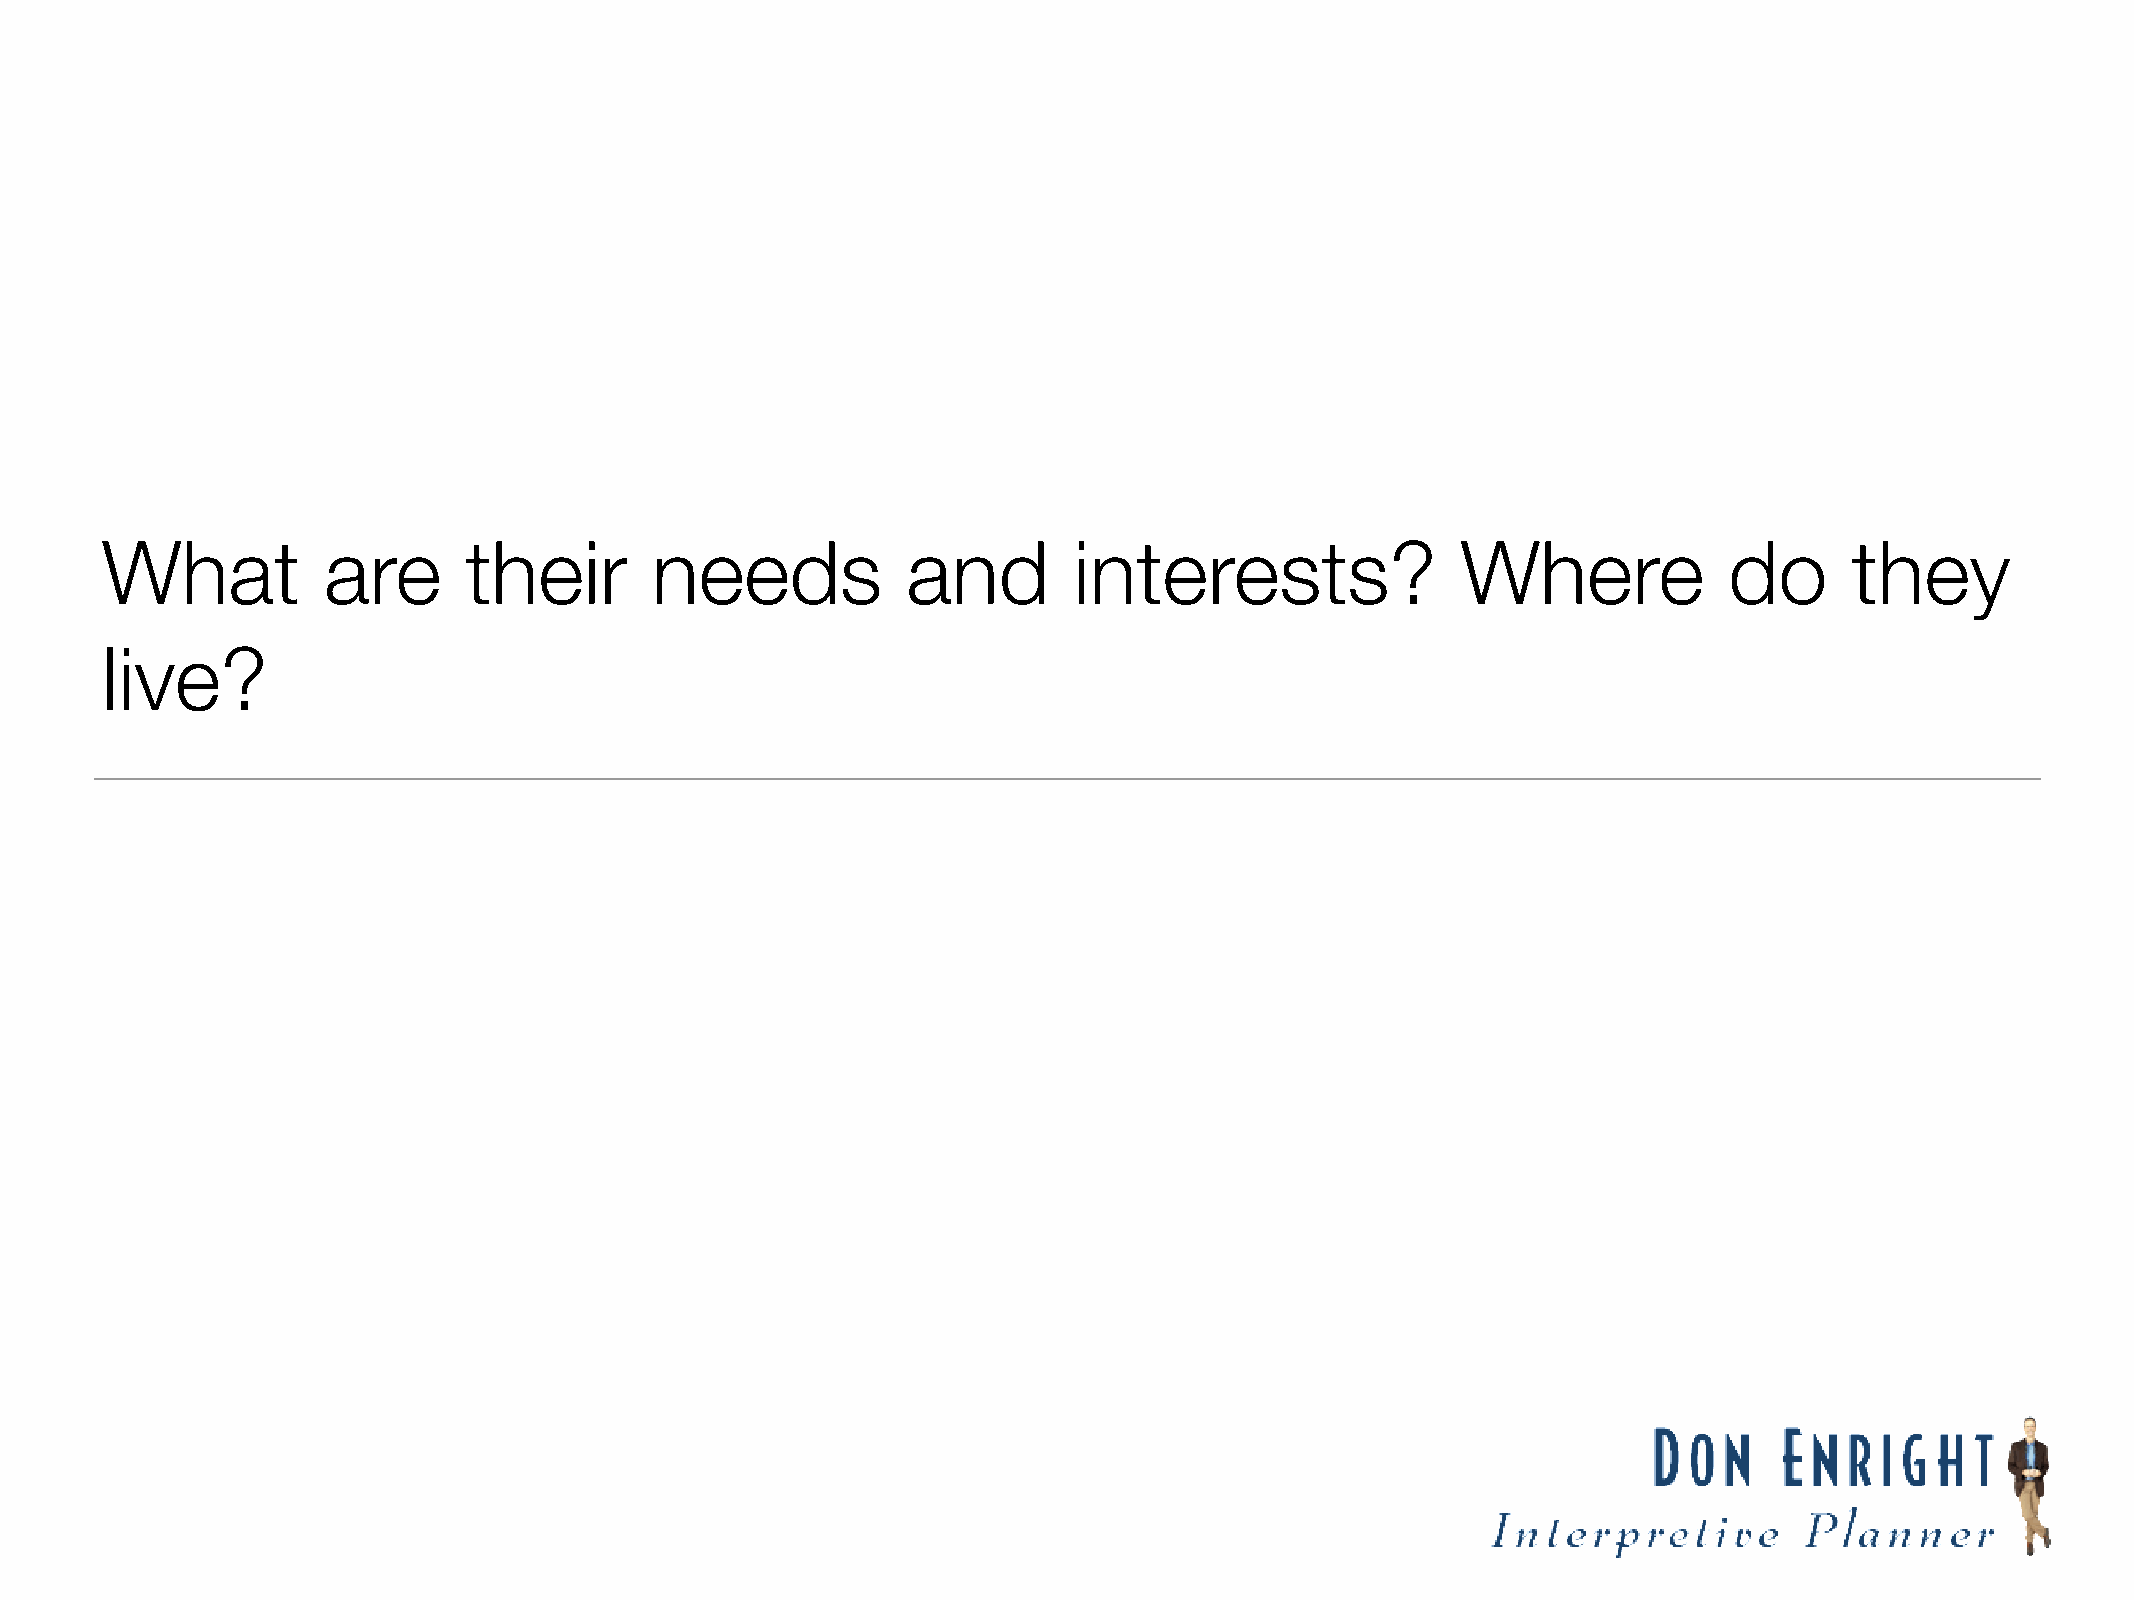
What          are       their       needs            and        interests?                Where            do       they
 live?